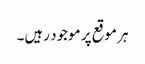
ہر موقع پر موجود رہیں۔